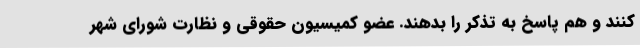
کنند و هم پاسخ به تذکر را بدهند. عضو کمیسیون حقوقی و نظارت شورای شهر